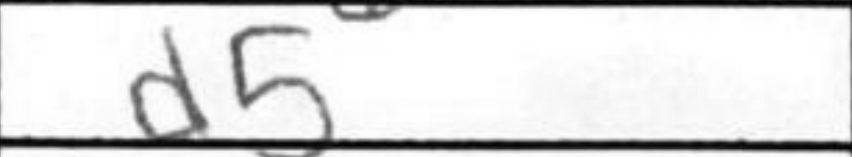
Transcription: d5